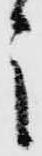
之